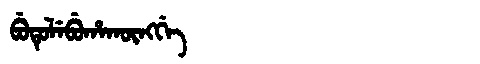
Manchu: ᠪᡠᡨᡠᠯᡝᠪᡠᡥᠠᡴᡡᠩᡤᡝ
Romanization: BUTULEBUHAKŪNGGE